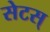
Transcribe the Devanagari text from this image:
सेटस्